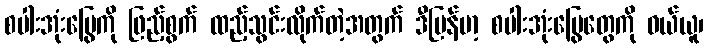
စပါးအုံးမြွေကို ဖြည့်စွက် ထည့်သွင်းလိုက်တဲ့အတွက် ဒီမြန်မာ့ စပါးအုံးမြွေတွေကို ဝယ်ယူ၊